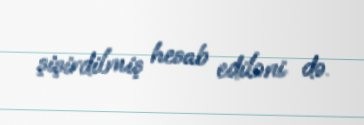
şişirdilmiş hesab ediləni də.